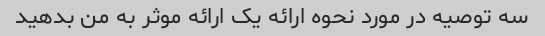
سه توصیه در مورد نحوه ارائه یک ارائه موثر به من بدهید